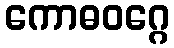
ကောဓဝဂ္ဂေ